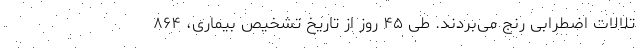
تلالات اضطرابی رنج می‌بردند. طی ۴۵ روز از تاریخ تشخیص بیماری، ۸۶۴